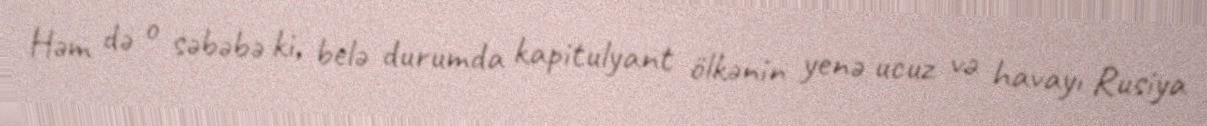
Həm də o səbəbə ki, belə durumda kapitulyant ölkənin yenə ucuz və havayı Rusiya